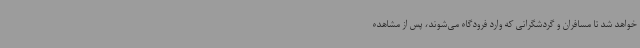
خواهد شد تا مسافران و گردشگرانی که وارد فرودگاه می‌شوند، پس از مشاهده